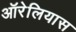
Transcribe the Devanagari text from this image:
ऑरेलियास